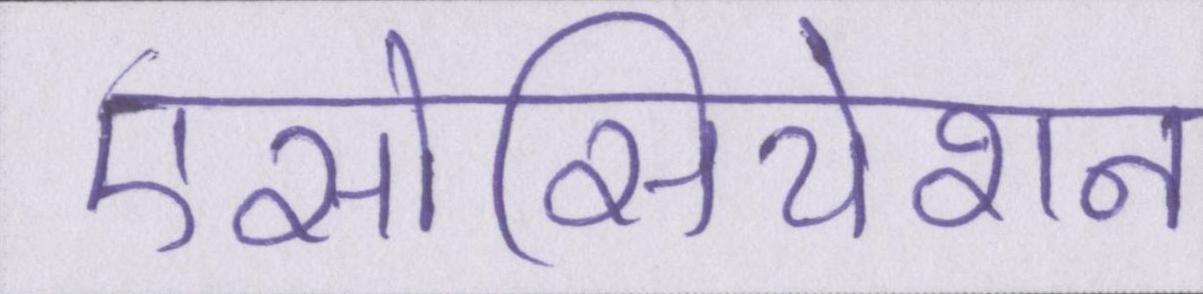
एसोसियेशन